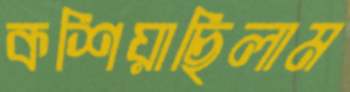
কশিয়াছিলাম